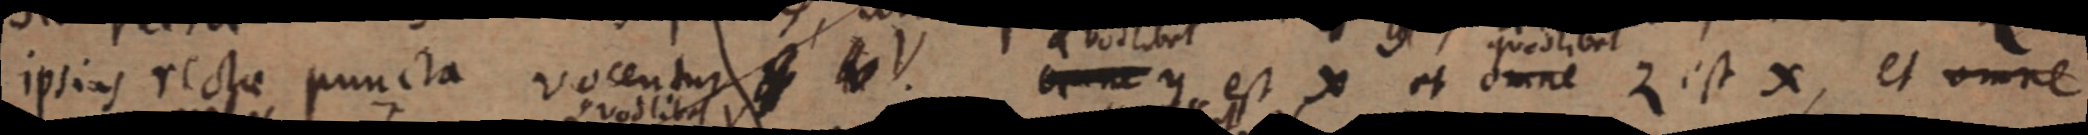
ipsius rectae puncta vocentur _ V _ y est X et omne z est x, et omne